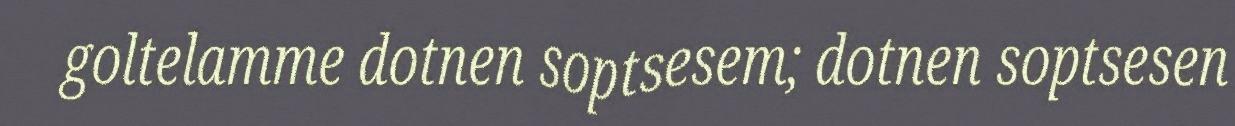
goltelamme dotnen soptsesem; dotnen soptsesen